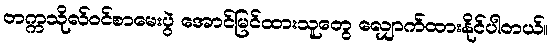
တက္ကသိုလ်ဝင်စာမေးပွဲ အောင်မြင်ထားသူတွေ လျှောက်ထားနိုင်ပါတယ်။